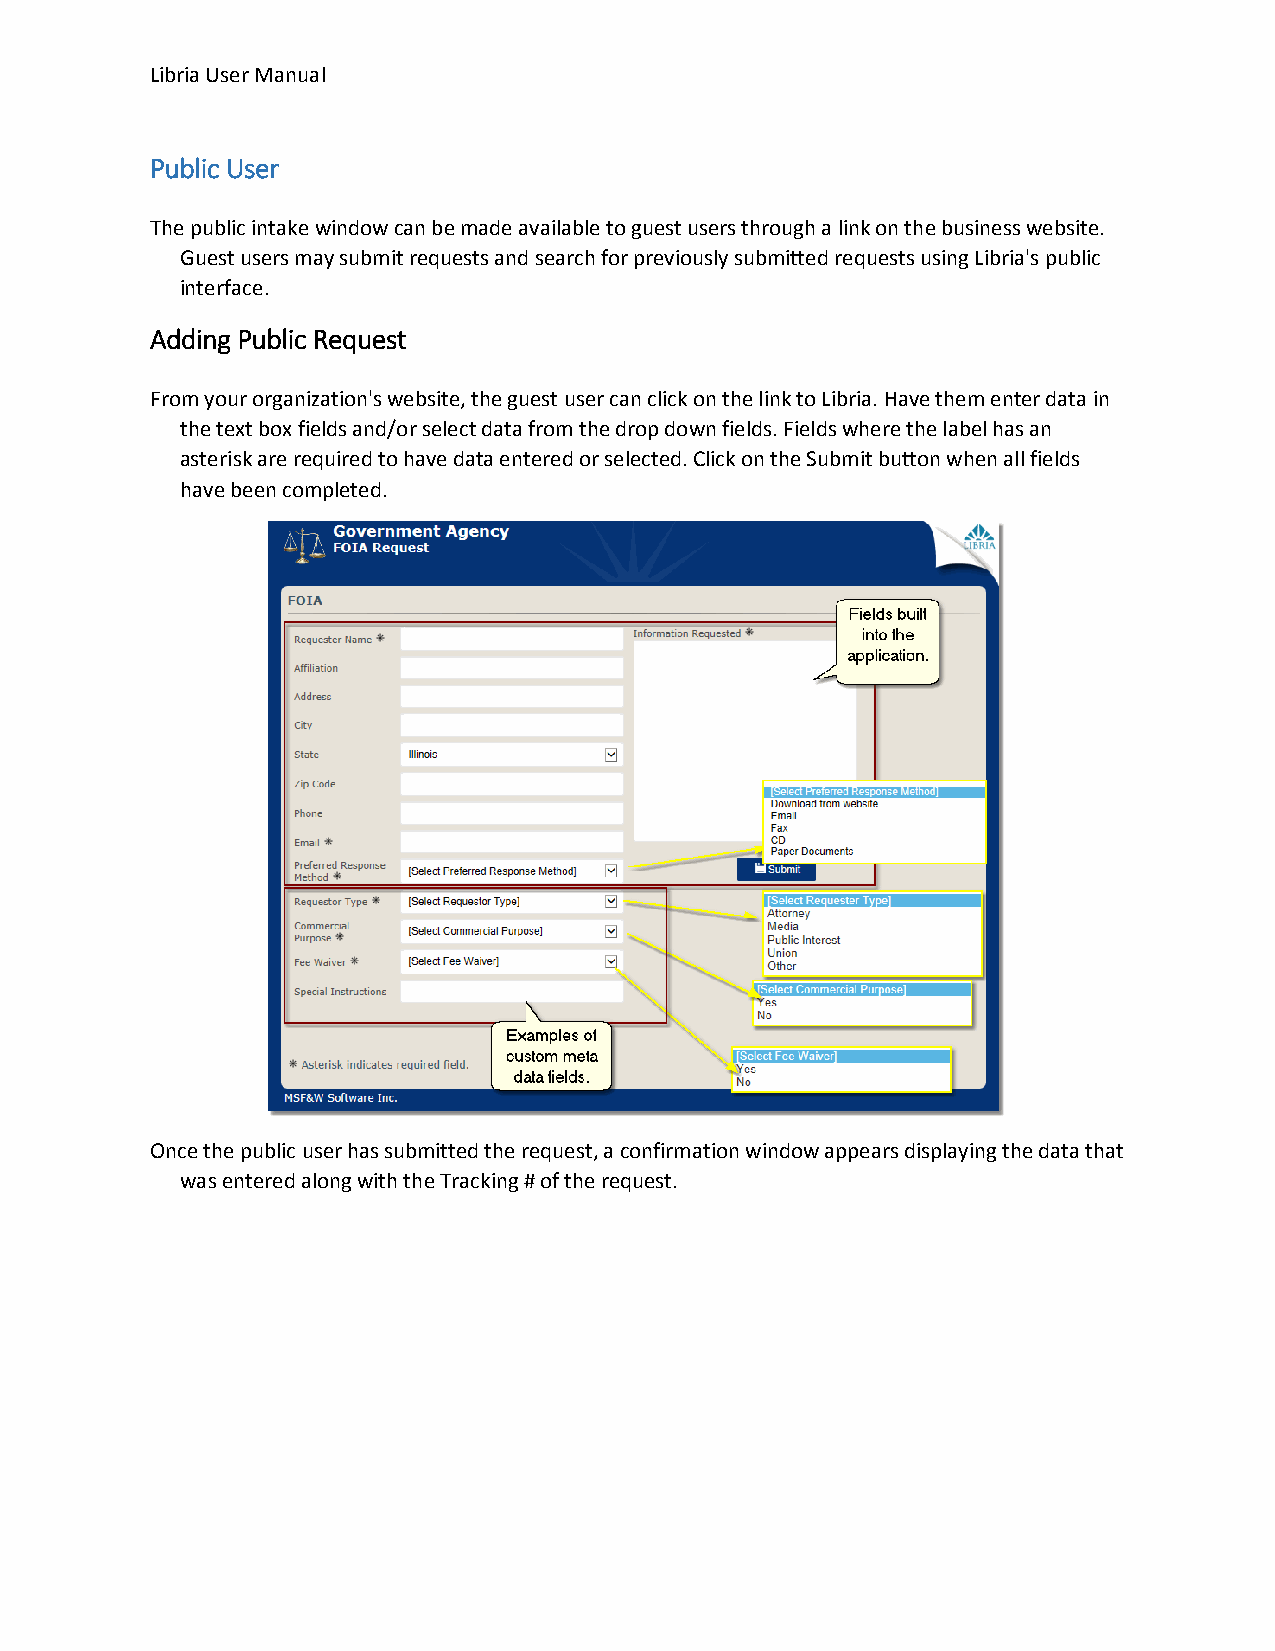
Libria User Manual
 Public User
 The public intake window can be made available to guest users through a link on the business website.
 Guest users may submit requests and search for previously submitted requests using Libria's public
 interface.
 Adding Public Request
 From your organization's website, the guest user can click on the link to Libria. Have them enter data in
 the text box fields and/or select data from the drop down fields. Fields where the label has an
 asterisk are required to have data entered or selected. Click on the Submit button when all fields
 have been completed.
 Once the public user has submitted the request, a confirmation window appears displaying the data that
 was entered along with the Tracking # of the request.